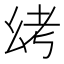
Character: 𫷟